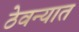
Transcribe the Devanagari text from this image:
ठेवन्यात